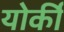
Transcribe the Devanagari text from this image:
योर्की